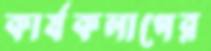
কার্যকলাপের